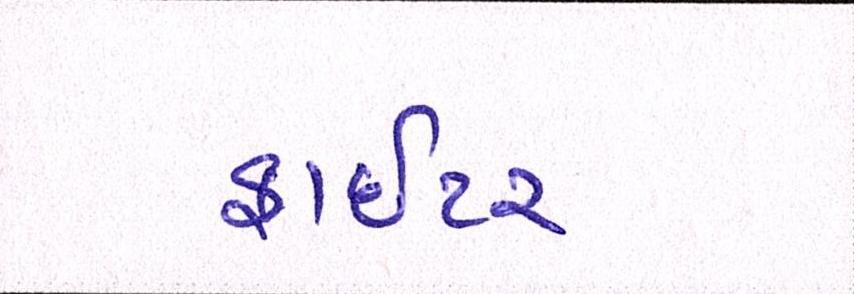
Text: ફાઈટર